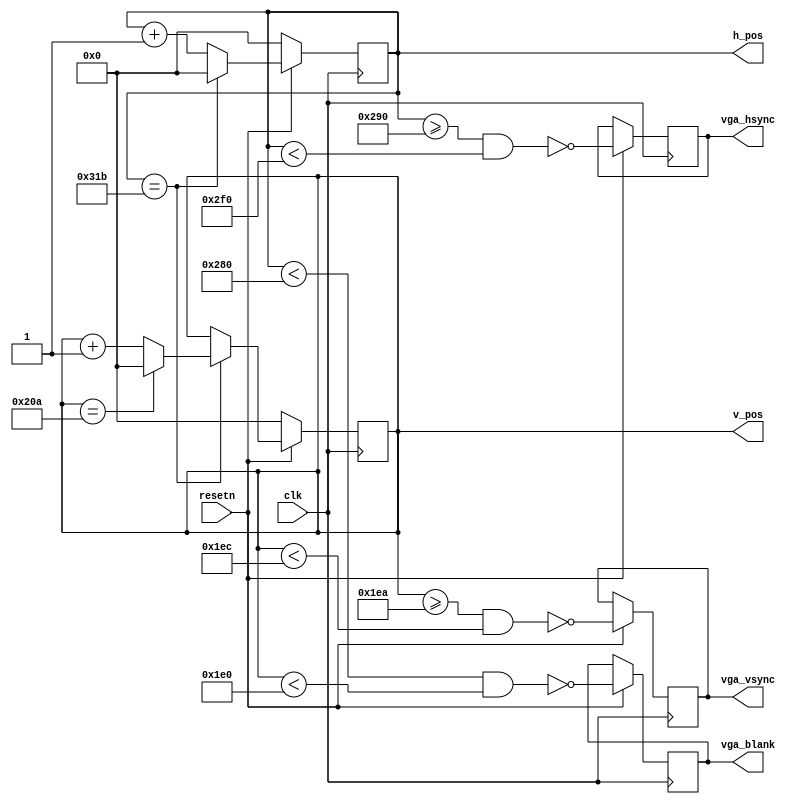
module vga_video (input clk,
              input resetn,
              output reg vga_hsync,
              output reg vga_vsync,
              output reg vga_blank,
              output reg [9:0] h_pos,
              output reg [9:0] v_pos
);
              
            
parameter h_visible = 10'd640;
parameter h_front = 10'd16;
parameter h_sync = 10'd96;
parameter h_back = 10'd44;
parameter h_total = h_visible + h_front + h_sync + h_back;

parameter v_visible = 10'd480;
parameter v_front = 10'd10;
parameter v_sync = 10'd2;
parameter v_back = 10'd31;
parameter v_total = v_visible + v_front + v_sync + v_back;

wire h_active, v_active, visible;

always @(posedge clk) 
begin
  if (resetn == 0) begin
    h_pos <= 10'b0;
    v_pos <= 10'b0;

  end else begin
    //Pixel counters
    if (h_pos == h_total - 1) begin
      h_pos <= 0;
      if (v_pos == v_total - 1) begin
        v_pos <= 0;
      end else begin
        v_pos <= v_pos + 1;
      end
    end else begin
      h_pos <= h_pos + 1;
    end
    vga_blank <= !visible;
    vga_hsync <= !((h_pos >= (h_visible + h_front)) && (h_pos < (h_visible + h_front + h_sync)));
    vga_vsync <= !((v_pos >= (v_visible + v_front)) && (v_pos < (v_visible + v_front + v_sync)));
  end
end

assign h_active = (h_pos < h_visible);
assign v_active = (v_pos < v_visible);
assign visible = h_active && v_active;

endmodule